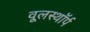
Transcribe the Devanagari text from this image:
वूलस्थॉर्प